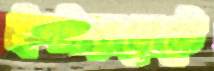
ইন্টারনেটে